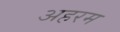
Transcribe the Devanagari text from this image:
अहरम